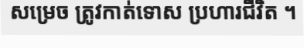
សម្រេច ត្រូវកាត់ទោស ប្រហារជីវិត ។